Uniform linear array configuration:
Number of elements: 4
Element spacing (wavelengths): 1
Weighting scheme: hann
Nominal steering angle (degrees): -60
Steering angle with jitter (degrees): -60.977
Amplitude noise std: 0.05
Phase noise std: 0.05

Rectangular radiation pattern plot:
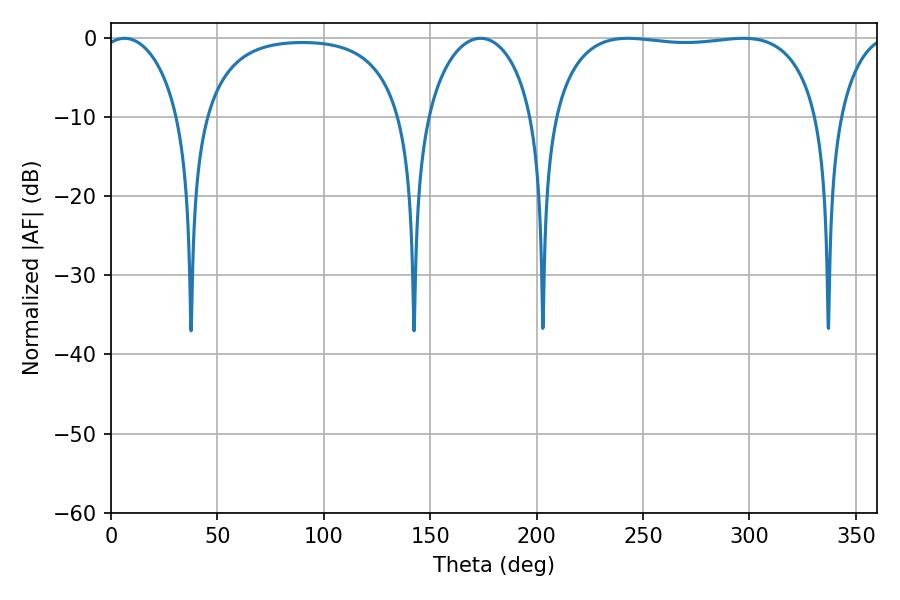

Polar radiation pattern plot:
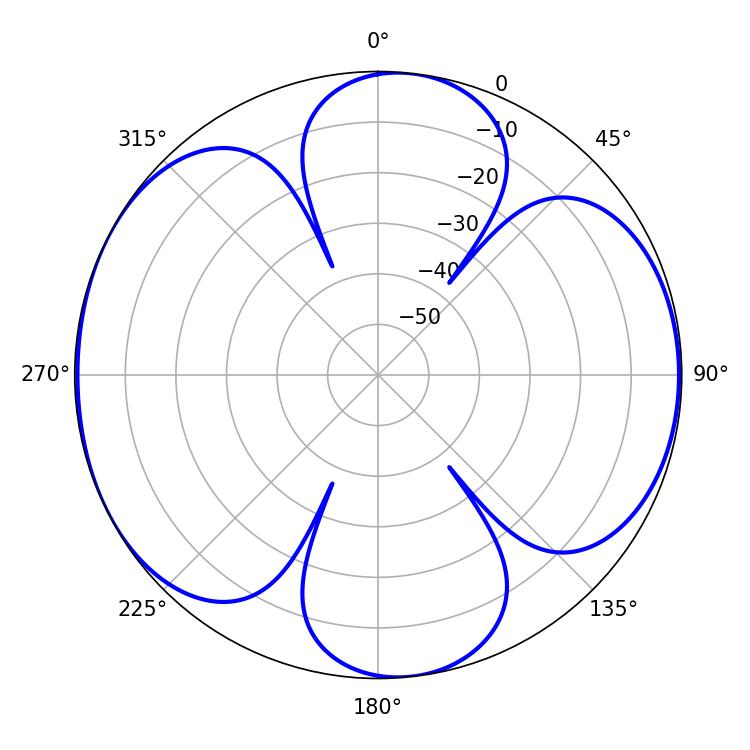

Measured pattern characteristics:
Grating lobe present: TRUE
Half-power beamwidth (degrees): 100.44
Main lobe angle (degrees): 242.82